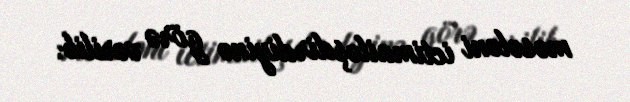
məsələni ictimailəşdirdiyinə görə verilib.